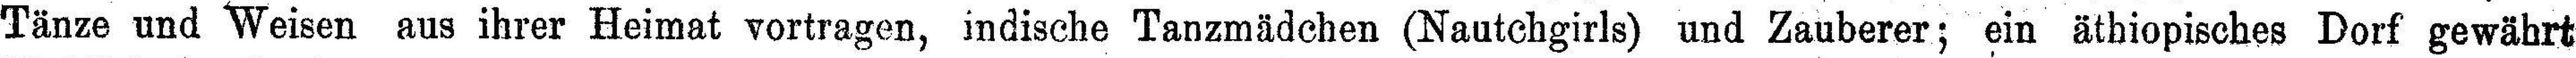
Tänze und Weisen aus ihrer Heimat vortragen, indische Tanzmädchen (Nautchgirls) und Zauberer; ein äthiopisches Dorf gewährt